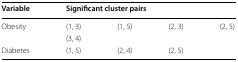
| Variable | <COLSPAN=4> Significant cluster pairs |
 | --- | --- | --- | --- | --- |
 | <ROWSPAN=2> Obesity | (1, 3) | (1, 5) | (2, 3) | (2, 5) |
 | (3, 4) |  |  |  |
 | Diabetes | (1, 5) | (2, 4) | (2, 5) |  |